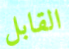
القابل